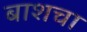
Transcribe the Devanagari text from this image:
बाशचा